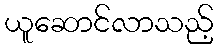
ယူဆောင်လာသည့်